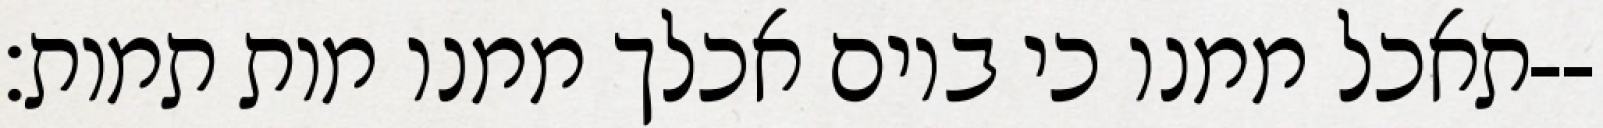
תאכל ממנו כי ביום אכלך ממנו מות תמות׃--